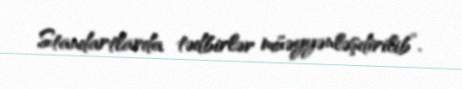
Standartlarda tədbirlər müəyyənləşdirilib”.